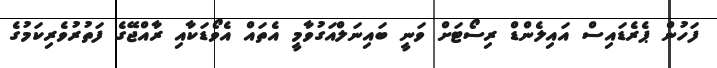
ފަހުން ޕެރެޑައިސް އައިލެންޑް ރިސޯޓަށް ވަނީ ބައިނަލްއަގުވާމީ އެތައް އެވޯޑަކާއި ރާއްޖޭގެ ފަތުރުވެރިކަމުގެ